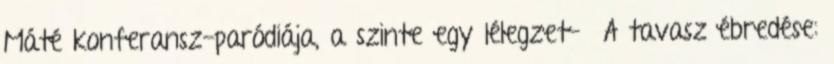
Máté konferansz-paródiája, a szinte egy lélegzet- A tavasz ébredése: